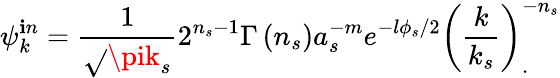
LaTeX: \psi_{k}^{\mathbf{i}n}=\frac{{1}}{{\sqrt{}{{\pik_{s}}}}}2^{n_{s}-1}\Gamma\left(n_{s}\right)a_{s}^{-m}e^{-l\phi_{s}/2}\left(\frac{k}{{k_{s}}}\right)_{.}^{-n_{s}}